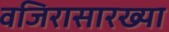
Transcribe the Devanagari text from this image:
वजिरासारख्या